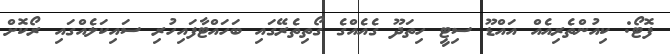
ފޮޓޯ: ކިއުންތެރިއެއް އައްޑޫ ސިޓީ ހިތަދޫ ގެއެއްގެ ގޯތިތެރޭގައި ބަހައްޓާފައިހުރި ސައިކަލެއްގައި ރޯކޮށް